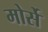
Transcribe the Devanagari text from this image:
मोर्से